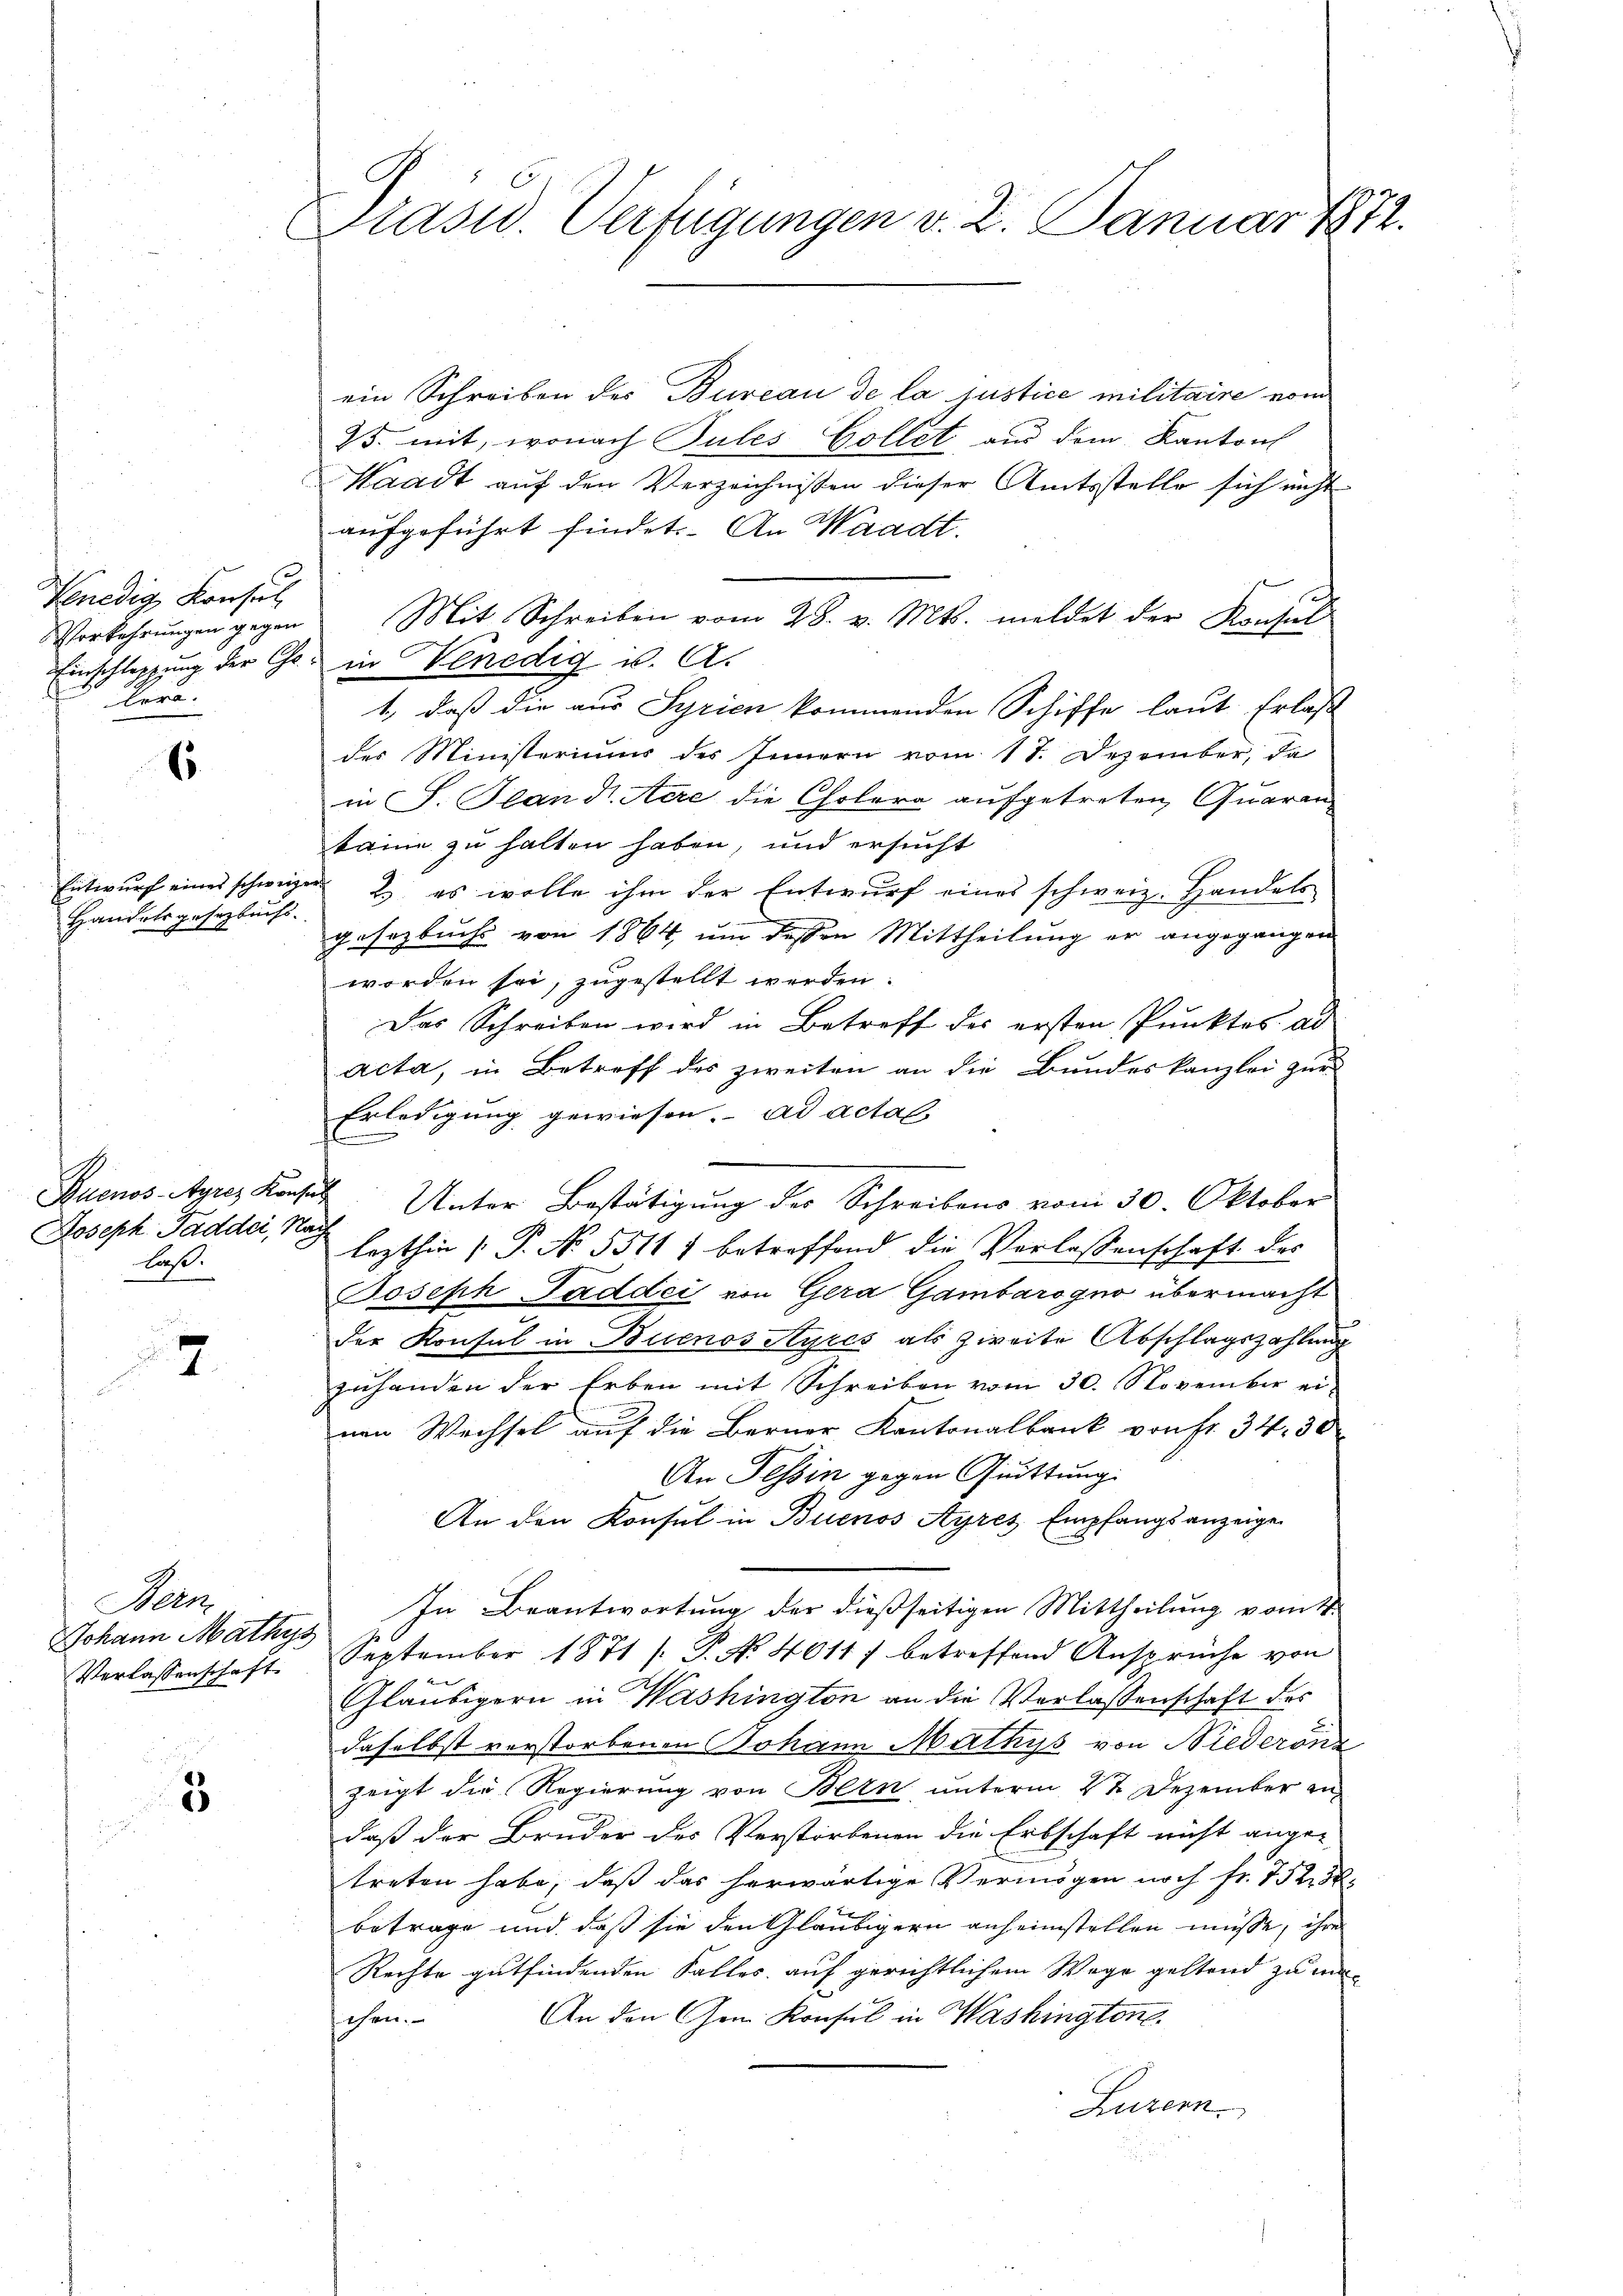
Kenedig Konsul
Vorkehrungen gegen
Here.

6

Entwurf eines schwei
Handelsgesetzbuchs.

Buenos-Ayres Konsu
laß.

7

Min
Johann Mathys
Verlassenschaft.

3

Präsid. Verfügungen v. 2. Januar 1872.

ein Schreiben des Bureau de la justice militaire vom
25. mit, wonach Pules Gollet aus dem Kantons
Waadt auf den Verzeichnissen dieser Amtsstelle sich nicht
aufgeführt findet. An Waadt.
Mit Schreiben vom 28. v. Mts. meldet der Konsul
Einschleppung der Gs. in Venedig u. A.
1., daß die aus Syrien kommenden Schiffe laut Erlaß
des Ministeriums des Innern vom 17. Dezember, da
in J. Handl. Aare die Cholera aufgetreten, Quaran
taine zu halten haben, und ersucht
 2, es wolle ihm der Entwurf eines schweiz. Handelsgesezbuchs von 1864, um dessen Mittheilung er angegangen
worden sei, zugestellt werden.
Das Schreiben wird in Betreff des ersten Punktes ad
acta, in Betreff des zweiten an die Bundeskanzlei zur
Erledigung gewiesen. ad actal
Joseph Padder, Nach Unter Bestätigung der Schreibens vom 30. Oktober
lezthin P. No. 55117 betreffend die Verlassenschaft des
Joseph Paddei von Gera Gambarogno übermacht
der Konsul in Buenos Ayres als zweite Abschlagszahlung
zuhanden der Erben mit Schreiben vom 30. November einen Wechsel auf die Berner Kantonalbank von Fr. 34. 30
An Tessin gegen Quittung
An den Konsul in Buenos Ayres Empfangsanzeige
In Beantwortung der dießseitigen Mittheilung vom 4.
September 1871 / P. No. 4611) betreffend Ansprüche von
Gläubigern in Washington an die Verlassenschaft des
daselbst verstorbenen Johann Mathys von Niederonz
zeigt die Regierung von Bern, unterm 27 Dezember in
daß der Bruder des Verstorbenen die Erbschaft nicht ange-
treten habe, daß das herwärtige Vermögen noch fr. 752. 3.
betrage und daß sie den Gläubigern anheimstellen müsse, ihre
Rechte gutfindenden Falles auf gerichtlichem Wege gestand zu ma¬
An den Gem. Konsul in Washington
chen.
Luzern